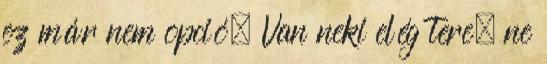
ez már nem opció. Van neki elég tere, ne